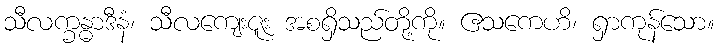
သီလက္ခန္ဓာဒီနံ၊ သီလကျေးဇူး အစရှိသည်တို့ကို။ ဧသကေဟိ၊ ရှာကုန်သော။